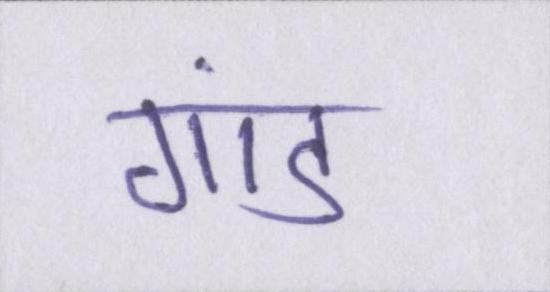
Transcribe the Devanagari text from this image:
गांड